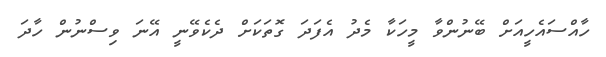
ހާއްސައެހީއަށް ބޭނުންވާ މީހަކާ މެދު އެފަދަ ގޮތަކަށް ދެކެވޭނީ އޭނަ ވިސްނުން ހާދަ